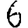
Digit: 6